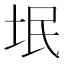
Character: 垊